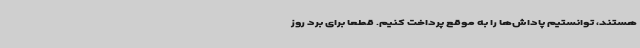
هستند، توانستیم پاداش‌ها را به موقع پرداخت کنیم. قطعا برای برد روز